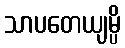
သာပတေယျမ္ပိ